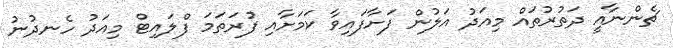
ޗެންނާއީ ދަތުރުތައް މިއަދު އަލުން ފަށާފައިވާ ކަމަށާއި ފުރަތަމަ ފްލައިޓް މިއަދު ހެނދުނު